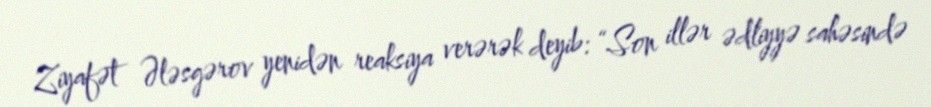
Ziyafət Ələsgərov yenidən reaksiya verərək deyib: “Son illər ədliyyə sahəsində